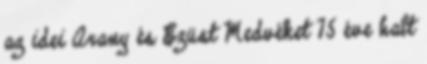
az idei Arany és Ezüst Medvéket 75 éve halt